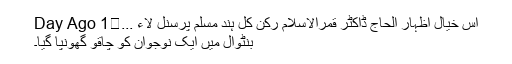
اس خیال اظہار الحاج ڈاکٹر قمرالاسلام رکن کل ہند مسلم پرسنل لاء ...	1 Day Ago
بنٹوال میں ایک نوجوان کو چاقو گھونپا گیا۔